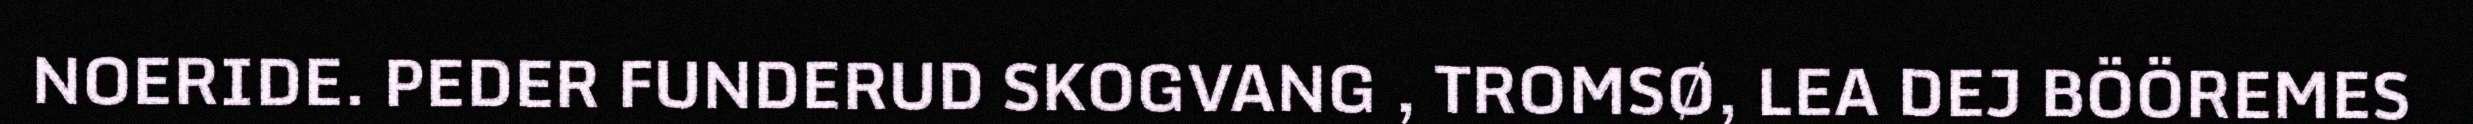
NOERIDE. PEDER FUNDERUD SKOGVANG , TROMSØ, LEA DEJ BÖÖREMES